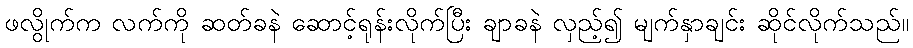
ဖလွိုက်က လက်ကို ဆတ်ခနဲ ဆောင့်ရုန်းလိုက်ပြီး ချာခနဲ လှည့်၍ မျက်နှာချင်း ဆိုင်လိုက်သည်။